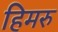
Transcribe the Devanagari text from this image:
हिमरु